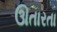
ઊતારતા